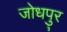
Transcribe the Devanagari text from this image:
जोधपु्र